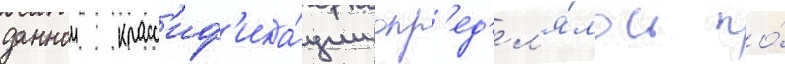
даннои класс'иф'ика́ции опр'ед'ел'я́лось по́